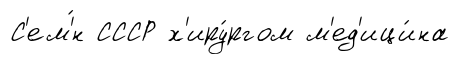
С'ем'́н СССР х'иру́ргом м'ед'ици́на